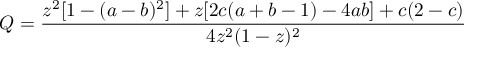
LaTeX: Q = { \frac { z ^ { 2 } [ 1 - ( a - b ) ^ { 2 } ] + z [ 2 c ( a + b - 1 ) - 4 a b ] + c ( 2 - c ) } { 4 z ^ { 2 } ( 1 - z ) ^ { 2 } } }